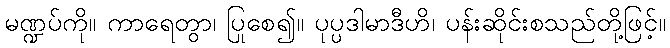
မဏ္ဍပ်ကို။ ကာရေတွာ၊ ပြုစေ၍။ ပုပ္ပဒါမာဒီဟိ၊ ပန်းဆိုင်းစသည်တို့ဖြင့်။